King Institute of Preventive Medicine Micro-Biological Section reports 1909-11
Year: 1909
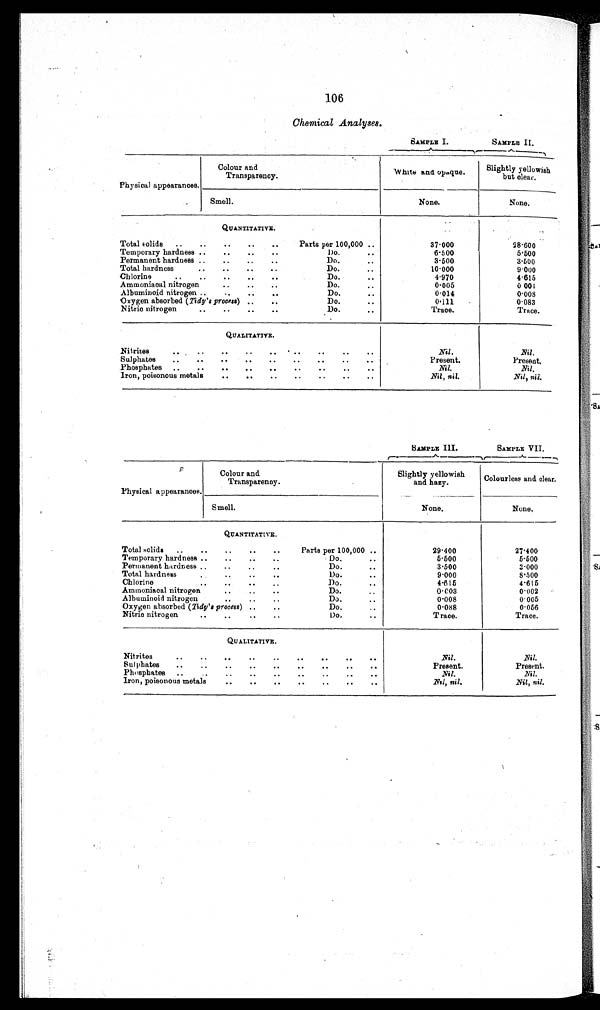
106
Chemical Analyses.
SAMPLE I .
S A M P L E I I .
Physical appearances
.
Colour
a n d T r a n s p a r e n c y .
White and opaque.
Slightly yellowish
but clear.
S m e l l .
N o n e .
N o n e .
QUANTITATIVE.
Total
solids
37·000
28·600
Temporary hardness
6·500
5·500
Permanent hardness
3·500
3·500
Total hardness
10·000
9·000
Chlorine
4·970
4·615
Ammoniacal nitrogen
0·005
0 · 0 0 4
Albuminoid nitrogen
0·014
0·008
Oxygen absorbed (Tidy's Process)
0·111
0·083
Nitric nitrogen
T r a c e .
Trace.
QUALITATIVE.
Nitrities
Nil.
Nil.
Sulphates
Present.
P r e s e n t .
Phosphates
Nil.
Nil.
Iron, poisonous metals
Nil , nil.
Nil , nil.
SAMPLE III.
S A M P L E V I I .
Physical appearances.
Colour and
T r a n s p a r e n c y .
Slightly yellowish
and hazy.
Colourless and clear.
Smell
N o n e .
N o n e .
QUANTITATIVE .
Total
solids
29·400
27·400
Temporary hardness
5·500
5·500
Permanent hardness
3·500
3·000
Total hardness
9·000
8·500
Chlorine
4·615
4·615
Ammoniacal nitrogen
0·003
0·002
Albuminoid nitrogen
0·008
0 · 0 0 5
Oxygen absorbed (Tidy's Process)
0·088
0·056
Nitric nitrogen
T r a c e .
T r a c e .
QUALITATIVE.
Nitrities
N i l .
N i l .
Sulphates
Present.
Present.
Phosphates
Nil.
N i l .
Iron, poisonous metals
Nil, nil.
Nil, nil.